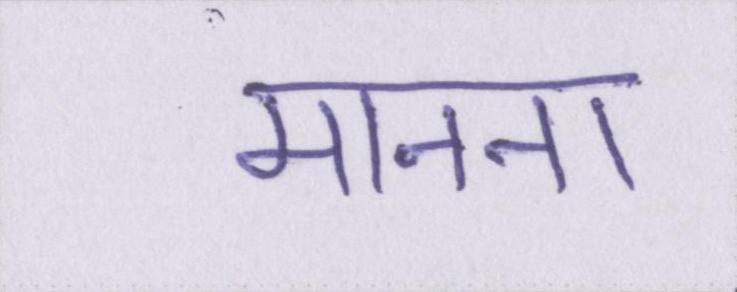
मानना